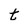
Character: t